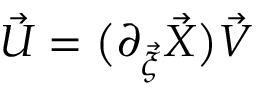
\vec { U } = \big ( \partial _ { \vec { \xi } } \vec { X } \big ) \vec { V }